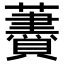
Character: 𧃤